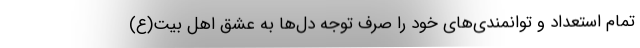
تمام استعداد و توانمندی‌های خود را صرف توجه دل‌ها به عشق اهل بیت(ع)